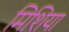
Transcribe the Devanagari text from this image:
मिशिया